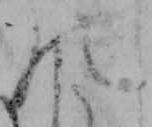
の